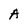
Character: A